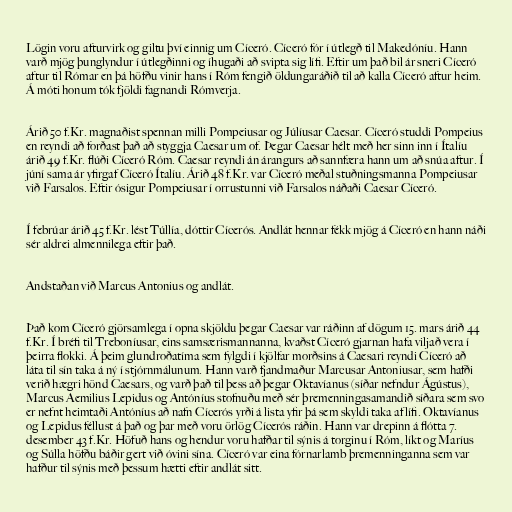
Lögin voru afturvirk og giltu því einnig um Cíceró. Cíceró fór í útlegð til Makedóníu. Hann
varð mjög þunglyndur í útlegðinni og íhugaði að svipta sig lífi. Eftir um það bil ár sneri Cíceró
aftur til Rómar en þá höfðu vinir hans í Róm fengið öldungaráðið til að kalla Cíceró aftur heim.
Á móti honum tók fjöldi fagnandi Rómverja.

Árið 50 f.Kr. magnaðist spennan milli Pompeiusar og Júlíusar Caesar. Cíceró studdi Pompeius
en reyndi að forðast það að styggja Caesar um of. Þegar Caesar hélt með her sinn inn í Ítalíu
árið 49 f.Kr. flúði Cíceró Róm. Caesar reyndi án árangurs að sannfæra hann um að snúa aftur. Í
júní sama ár yfirgaf Cíceró Ítalíu. Árið 48 f.Kr. var Cíceró meðal stuðningsmanna Pompeiusar
við Farsalos. Eftir ósigur Pompeiusar í orrustunni við Farsalos náðaði Caesar Cíceró.

Í febrúar árið 45 f.Kr. lést Túllía, dóttir Cícerós. Andlát hennar fékk mjög á Cíceró en hann náði
sér aldrei almennilega eftir það.

Andstaðan við Marcus Antonius og andlát.

Það kom Cíceró gjörsamlega í opna skjöldu þegar Caesar var ráðinn af dögum 15. mars árið 44
f.Kr. Í bréfi til Treboníusar, eins samsærismannanna, kvaðst Cíceró gjarnan hafa viljað vera í
þeirra flokki. Á þeim glundroðatíma sem fylgdi í kjölfar morðsins á Caesari reyndi Cíceró að
láta til sín taka á ný í stjórnmálunum. Hann varð fjandmaður Marcusar Antoniusar, sem hafði
verið hægri hönd Caesars, og varð það til þess að þegar Oktavíanus (síðar nefndur Ágústus),
Marcus Aemilius Lepidus og Antóníus stofnuðu með sér þremenningasamandið síðara sem svo
er nefnt heimtaði Antóníus að nafn Cícerós yrði á lista yfir þá sem skyldi taka af lífi. Oktavíanus
og Lepidus féllust á það og þar með voru örlög Cícerós ráðin. Hann var drepinn á flótta 7.
desember 43 f.Kr. Höfuð hans og hendur voru hafðar til sýnis á torginu í Róm, líkt og Maríus
og Súlla höfðu báðir gert við óvini sína. Cíceró var eina fórnarlamb þremenninganna sem var
hafður til sýnis með þessum hætti eftir andlát sitt.